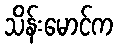
သိန်းမောင်က